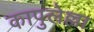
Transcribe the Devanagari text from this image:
कापुलेल्ला